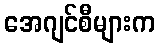
အေဂျင်စီများက